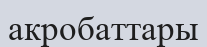
акробаттары